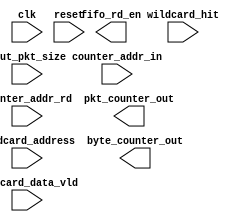
module wildcard_counter
#(parameter ADDR_WIDTH=4,
  parameter PKT_WIDTH=12,
  parameter LUT_DEPTH=16,
  parameter DEPTH_BITS=4
  )
(
   input clk,
   input reset,
   output fifo_rd_en,
   input [PKT_WIDTH-1:0]dout_pkt_size,
   input wildcard_data_vld,
   input wildcard_hit,
   input [DEPTH_BITS-1:0]wildcard_address,
   
   input [DEPTH_BITS-1:0] counter_addr_in,
   input counter_addr_rd,
   output reg [31:0]pkt_counter_out,
   output reg [31:0]byte_counter_out
   
    );

`ifdef ONETS45
begin   
    reg [31:0]byte_count[LUT_DEPTH-1:0];
    reg [31:0]pkt_count [LUT_DEPTH-1:0];
    reg [DEPTH_BITS-1:0]wildcard_address_d;
    
    assign fifo_rd_en=wildcard_data_vld;
    reg wildcard_hit_d;
    always@(posedge clk)
      wildcard_hit_d<=wildcard_hit;
    
    localparam CLEAR=0,
               IDLE=1;
    reg [DEPTH_BITS-1:0]clear_count;
    reg [2:0]cur_st,nxt_st;
    always@(posedge clk)
      if(reset) wildcard_address_d<=0;
      else wildcard_address_d<=wildcard_address;
    
    always@(posedge clk)
      if(reset) cur_st<=0;
      else cur_st<=nxt_st;
      
    always@(*)
    begin  
      nxt_st=cur_st;
      case(cur_st)
         CLEAR:if(clear_count==LUT_DEPTH-1) nxt_st=IDLE;
         IDLE:nxt_st=IDLE;
         default:nxt_st=IDLE;
      endcase
    end         
       
    always@(posedge clk)
    if(reset)
      clear_count<=0;
    else if(cur_st==CLEAR) clear_count<=clear_count+1;
    
    always@(posedge clk)
    if(cur_st==CLEAR)
    begin
        byte_count[clear_count]<=0;
        pkt_count[clear_count]<=0;
    end
    else if(cur_st==IDLE && wildcard_hit_d)
    begin
      byte_count[wildcard_address_d]<=byte_count[wildcard_address_d]+dout_pkt_size+4;
      pkt_count[wildcard_address_d]<=pkt_count[wildcard_address_d]+1;
    end
    
    always@(posedge clk)
    if(reset)
      pkt_counter_out<=0;
    else if(counter_addr_rd) 
      pkt_counter_out<=pkt_count[counter_addr_in];
      
      always@(posedge clk)
      if(reset)
        byte_counter_out<=0;
      else if(counter_addr_rd) 
        byte_counter_out<=byte_count[counter_addr_in];
end

`elsif ONETS30
begin   
    reg [31:0]byte_count[LUT_DEPTH-1:0];
    reg [31:0]pkt_count [LUT_DEPTH-1:0];
    reg [DEPTH_BITS-1:0]wildcard_address_d;
    
    assign fifo_rd_en=wildcard_data_vld;
    reg wildcard_hit_d;
    always@(posedge clk)
      wildcard_hit_d<=wildcard_hit;
    
    localparam CLEAR=0,
               IDLE=1;
    reg [DEPTH_BITS-1:0]clear_count;
    reg [2:0]cur_st,nxt_st;
    always@(posedge clk)
      if(reset) wildcard_address_d<=0;
      else wildcard_address_d<=wildcard_address;
    
    always@(posedge clk)
      if(reset) cur_st<=0;
      else cur_st<=nxt_st;
      
    always@(*)
    begin  
      nxt_st=cur_st;
      case(cur_st)
         CLEAR:if(clear_count==LUT_DEPTH-1) nxt_st=IDLE;
         IDLE:nxt_st=IDLE;
         default:nxt_st=IDLE;
      endcase
    end         
       
    always@(posedge clk)
    if(reset)
      clear_count<=0;
    else if(cur_st==CLEAR) clear_count<=clear_count+1;
    
    always@(posedge clk)
    if(cur_st==CLEAR)
    begin
        byte_count[clear_count]<=0;
        pkt_count[clear_count]<=0;
    end
    else if(cur_st==IDLE && wildcard_hit_d)
    begin
      byte_count[wildcard_address_d]<=byte_count[wildcard_address_d]+dout_pkt_size+4;
      pkt_count[wildcard_address_d]<=pkt_count[wildcard_address_d]+1;
    end
    
    always@(posedge clk)
    if(reset)
      pkt_counter_out<=0;
    else if(counter_addr_rd) 
      pkt_counter_out<=pkt_count[counter_addr_in];
      
      always@(posedge clk)
      if(reset)
        byte_counter_out<=0;
      else if(counter_addr_rd) 
        byte_counter_out<=byte_count[counter_addr_in];
end
`elsif ONETS20
always@(*)
begin
    pkt_counter_out=0;
    byte_counter_out=0;
end 
`endif
    
endmodule